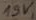
Text: 15V